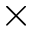
\times